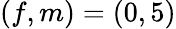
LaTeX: (f,m)=(0,5)